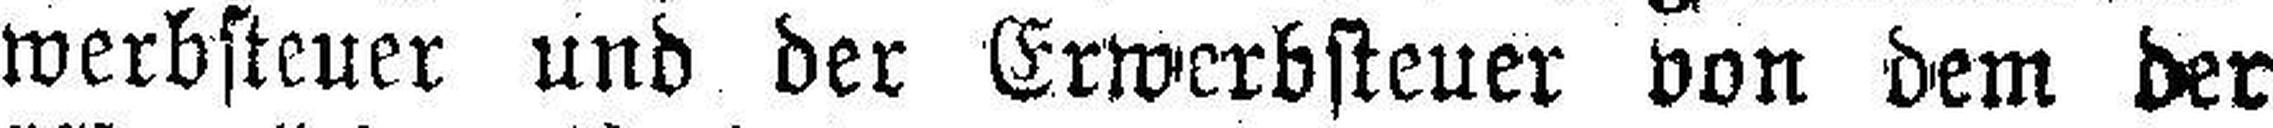
werbsteuer und der Erwerbsteuer von dem der